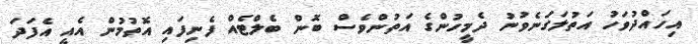
އިހައްދުވަހު އަތުލަގަނެވުނު ދެމީހުންގެ އަތުންވެސް ބޮން ބެލްޓެއް ފެނިފައި އޮތުމުން އެއީ އެފަދަ